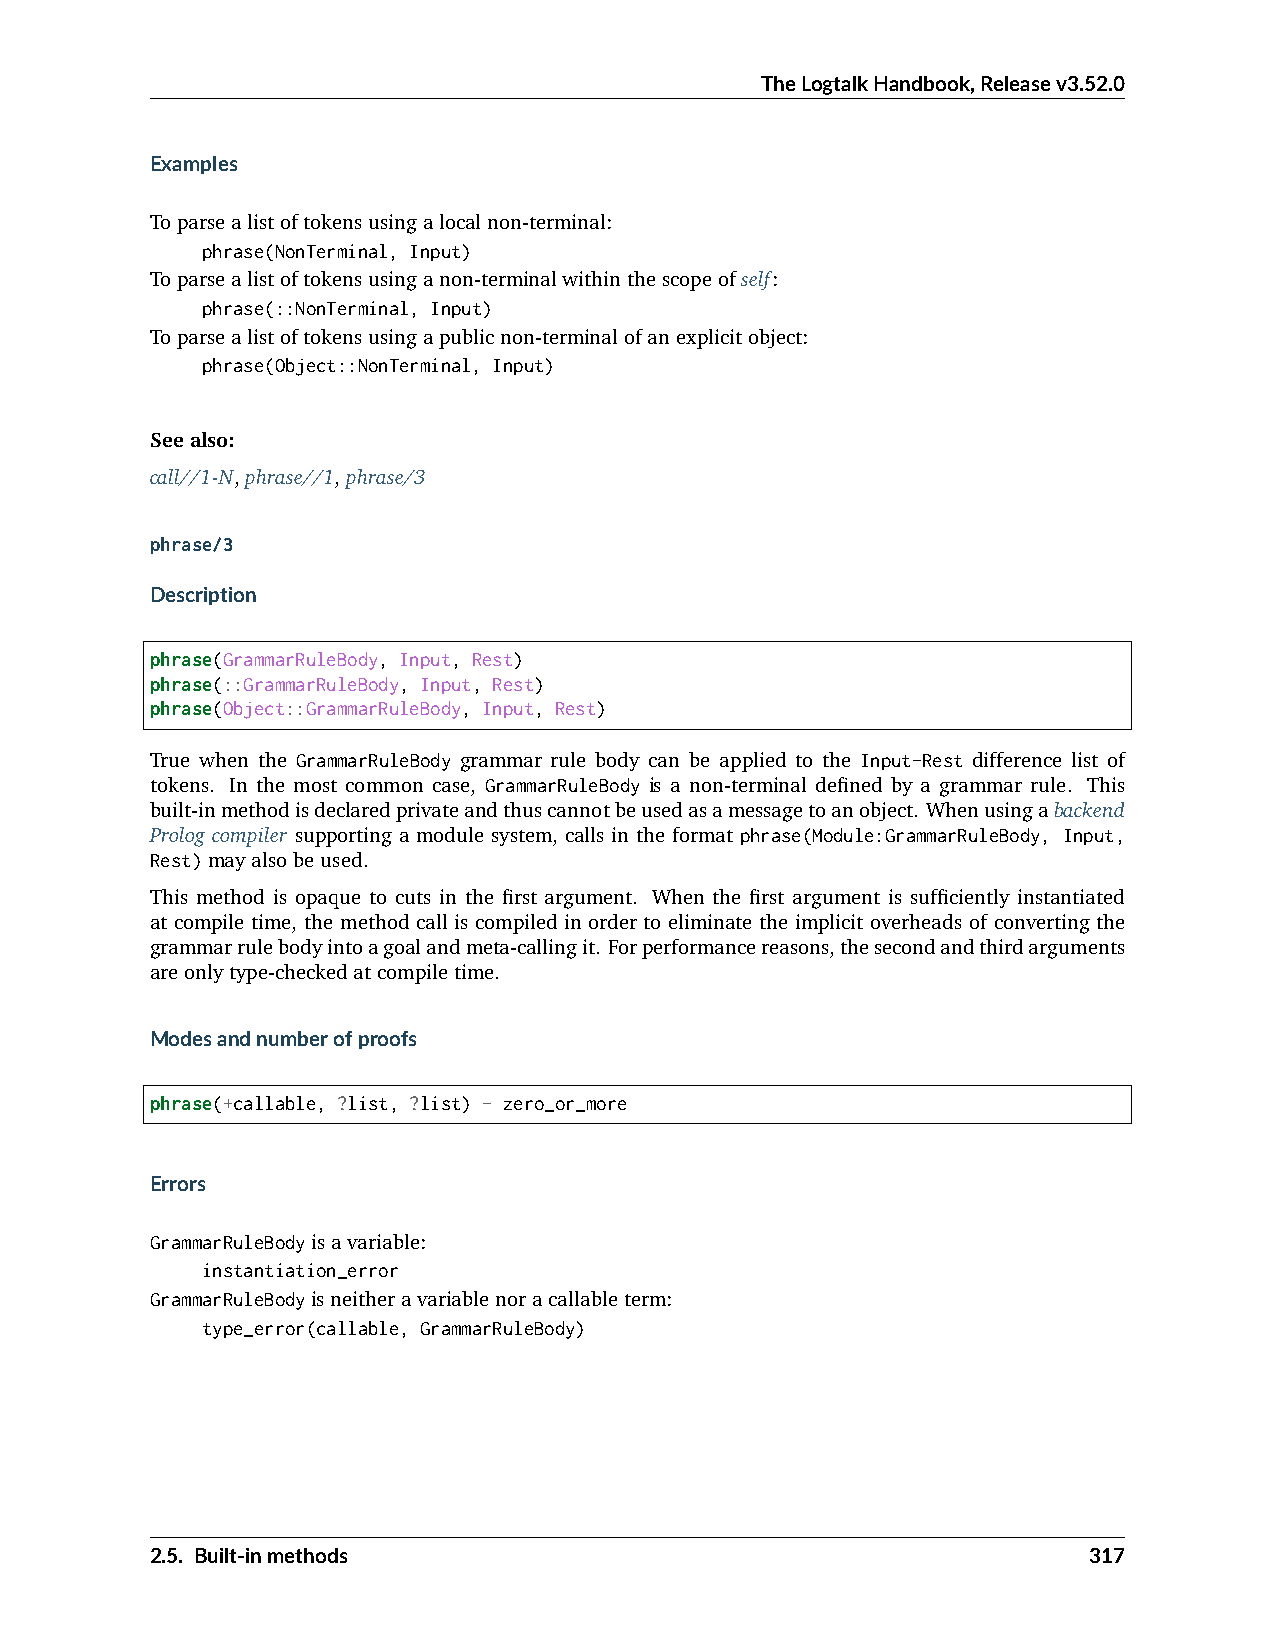
TheLogtalkHandbook,Releasev3.52.0
 Examples
 Toparsealistoftokensusingalocalnon-terminal:
 phrase(NonTerminal, Input)
 Toparsealistoftokensusinganon-terminalwithinthescopeofself:
 phrase(::NonTerminal, Input)
 Toparsealistoftokensusingapublicnon-terminalofanexplicitobject:
 phrase(Object::NonTerminal, Input)
 Seealso:
 call//1-N,phrase//1,phrase/3
 phrase/3
 Description
 phrase(GrammarRuleBody, Input, Rest)
 phrase(::GrammarRuleBody, Input, Rest)
 phrase(Object::GrammarRuleBody, Input, Rest)
 True when the GrammarRuleBody grammar rule body can be applied to the Input-Rest difference list of
 tokens. In the most common case, GrammarRuleBody is a non-terminal defined by a grammar rule. This
 built-inmethodisdeclaredprivateandthuscannotbeusedasamessagetoanobject. Whenusingabackend
 Prolog compiler supporting a module system, calls in the format phrase(Module:GrammarRuleBody, Input,
 Rest)mayalsobeused.
 This method is opaque to cuts in the first argument. When the first argument is sufficiently instantiated
 at compile time, the method call is compiled in order to eliminate the implicit overheads of converting the
 grammarrulebodyintoagoalandmeta-callingit. Forperformancereasons,thesecondandthirdarguments
 areonlytype-checkedatcompiletime.
 Modesandnumberofproofs
 phrase(+callable, ?list, ?list) - zero_or_more
 Errors
 GrammarRuleBodyisavariable:
 instantiation_error
 GrammarRuleBodyisneitheravariablenoracallableterm:
 type_error(callable, GrammarRuleBody)
 2.5. Built-inmethods                                          317